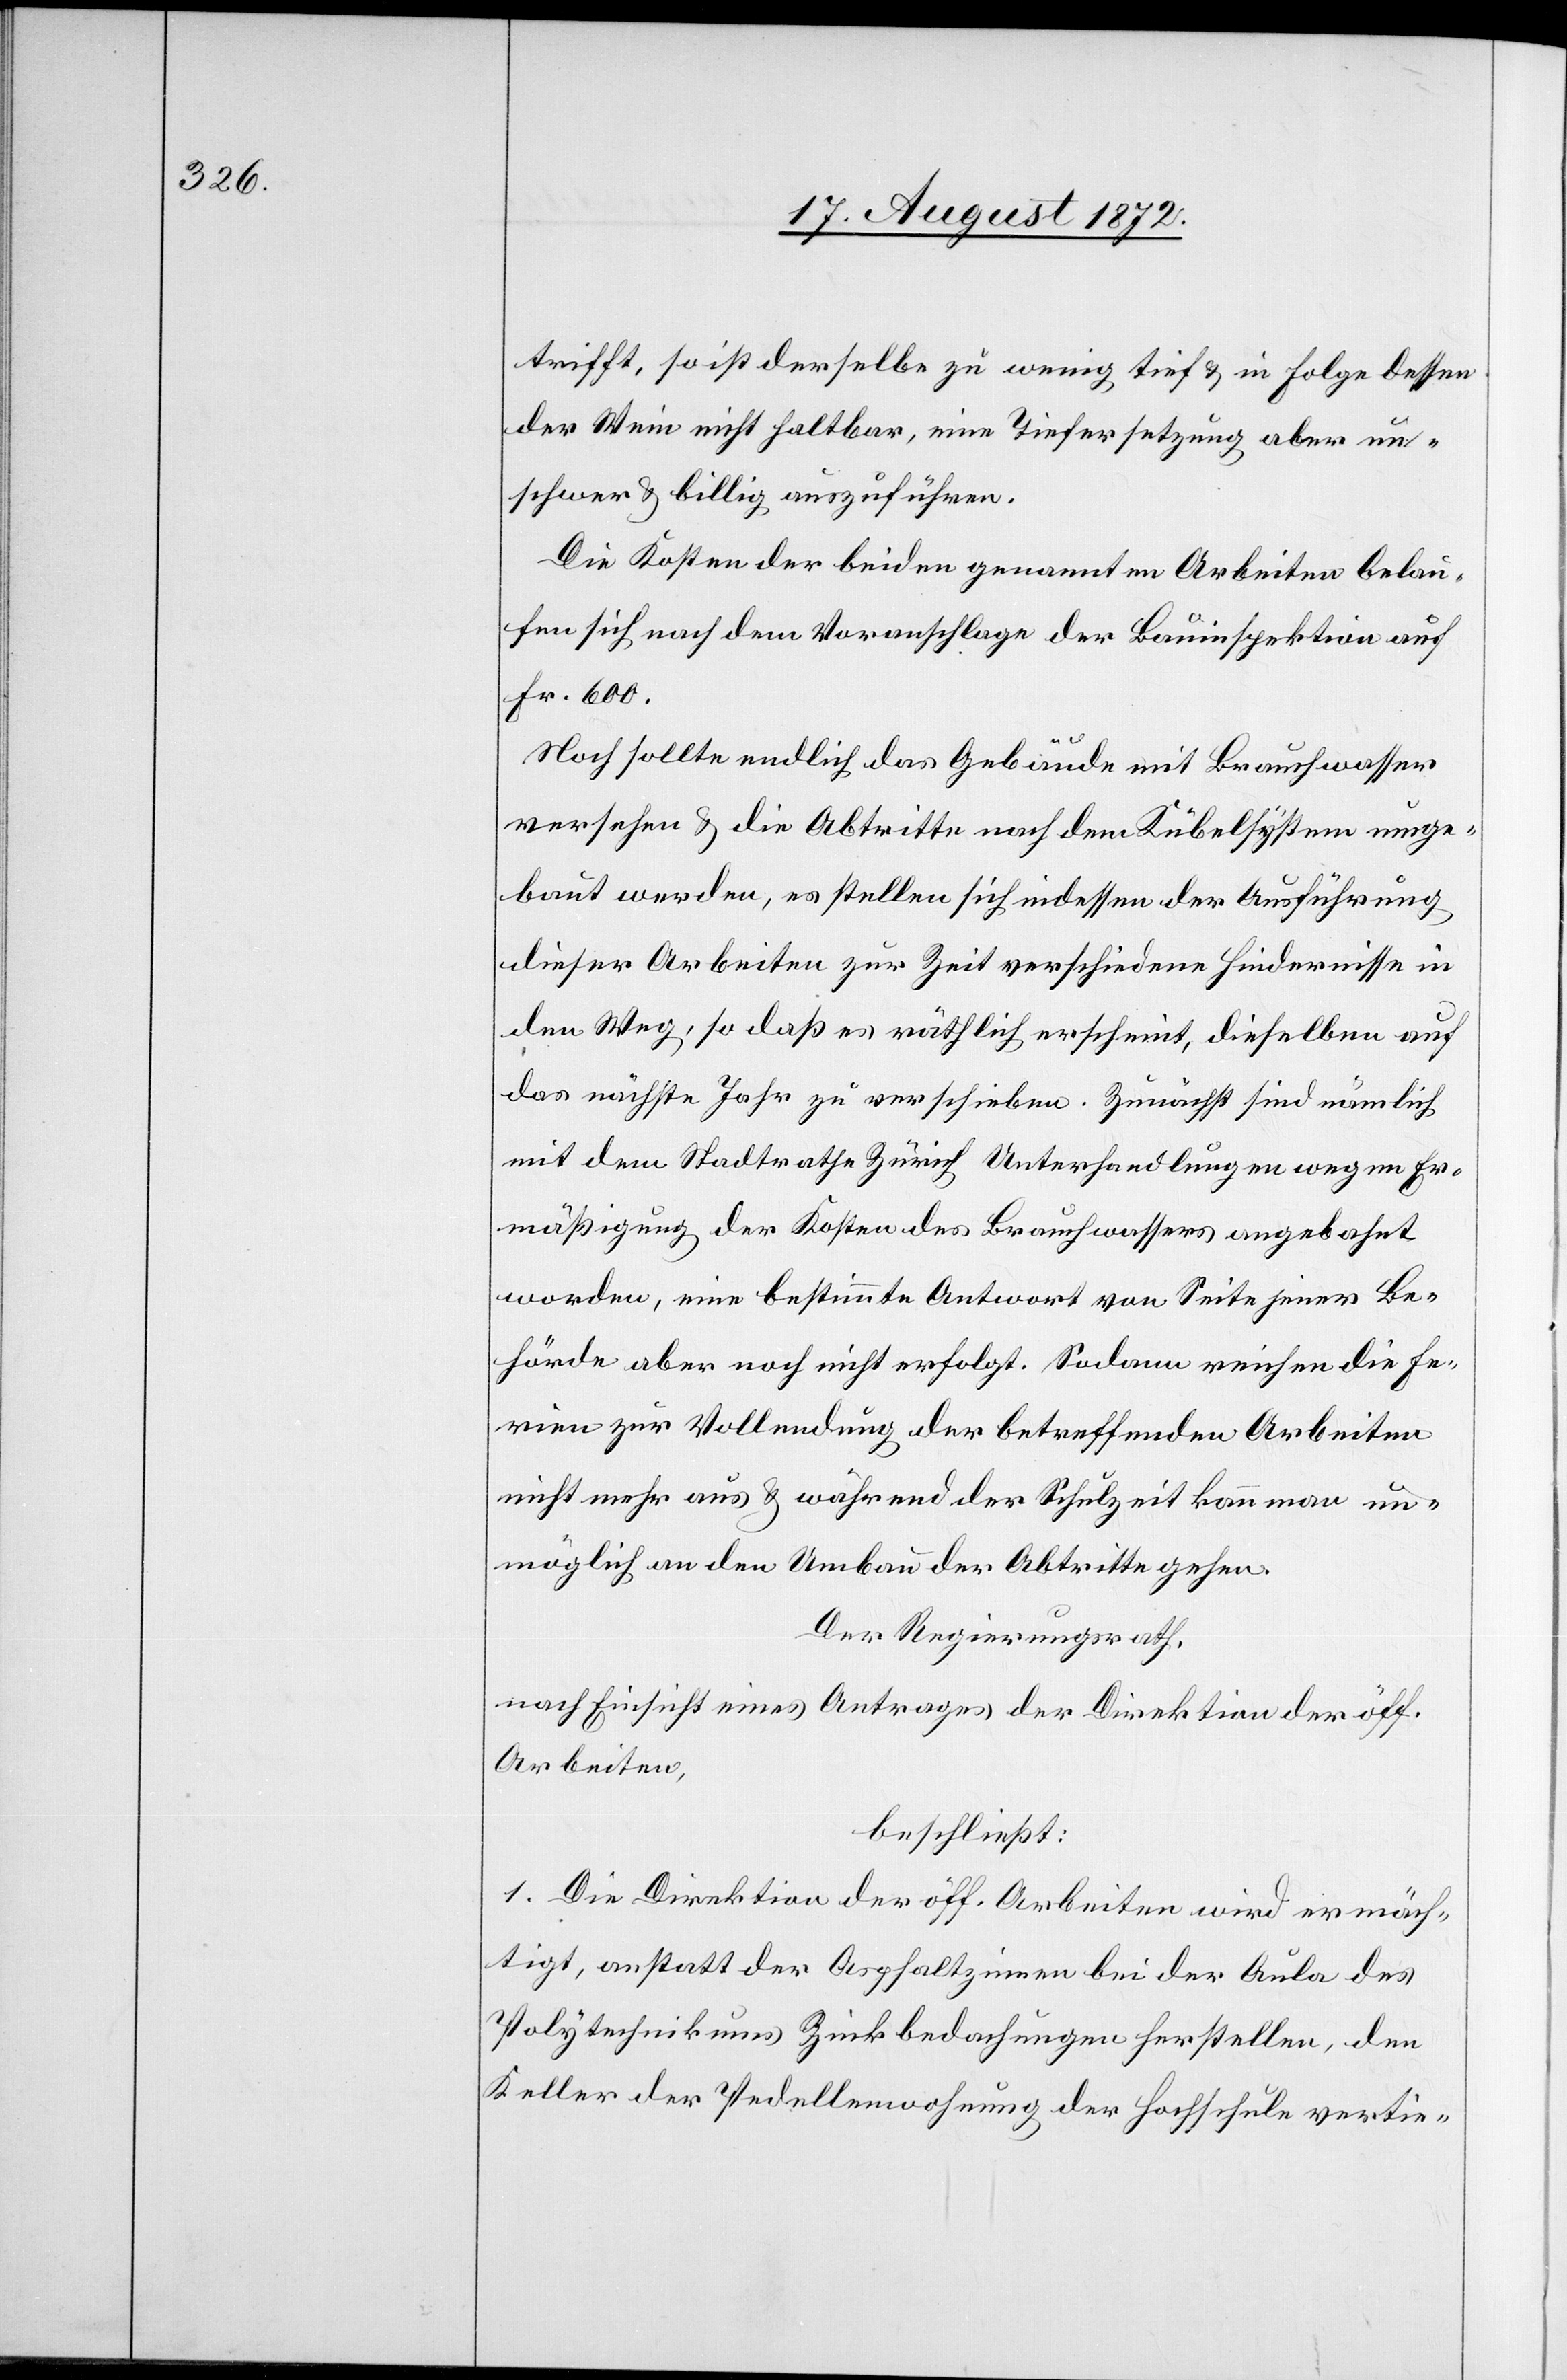
trifft, so ist derselbe zu wenig tief u. in Folge dessen
der Wein nicht haltbar, eine Tiefersetzung aber un¬
schwer u. billig auszuführen.
Die Kosten der beiden genannten Arbeiten belau¬
fen sich nach dem Voranschlage der Bauinspektion auf
Fr. 600.
Noch sollte endlich das Gebäude mit Brauchwasser
versehen u. die Abtritte nach dem Kübelsystem umge¬
baut werden, es stellen sich indessen der Ausführung
dieser Arbeiten zur Zeit verschiedene Hindernisse in
den Weg, so daß es räthlich erscheint, dieselben auf
das nächste Jahr zu verschieben. Zunächst sind nämlich
mit dem Stadtrathe Zürich Unterhandlungen wegen Er¬
mäßigung der Kosten des Brauchwassers angebahnt
worden, eine bestimmte Antwort von Seite jener Be¬
hörde aber noch nicht erfolgt. Sodann reichen die Fe¬
rien zur Vollendung der betreffenden Arbeiten
nicht mehr aus u. während der Schulzeit kann man un¬
möglich an den Umbau der Abtritte gehen.
Der Regierungsrath,
nach Einsicht eines Antrages der Direktion der öff.
Arbeiten,
beschließt:
1. Die Direktion der öff. Arbeiten wird ermäch¬
tigt, anstatt der Asphaltzinnen bei der Aula des
Polytechnikums Zinkbedachungen herstellen, den
Keller der Pedellenwohnung der Hochschule vertie-